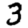
Digit: 3